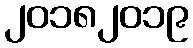
၂၀၁၈၂၀၁၉